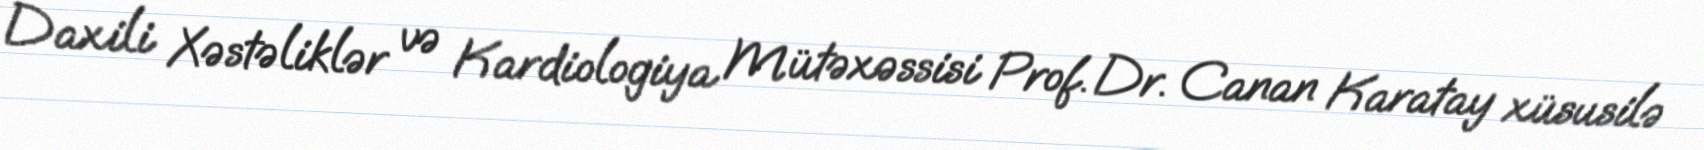
Daxili Xəstəliklər və Kardiologiya Mütəxəssisi Prof. Dr. Canan Karatay xüsusilə